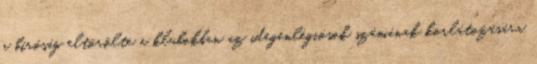
a bíróság eltörölte a klubokban az idegenlégiósok számának korlátozására